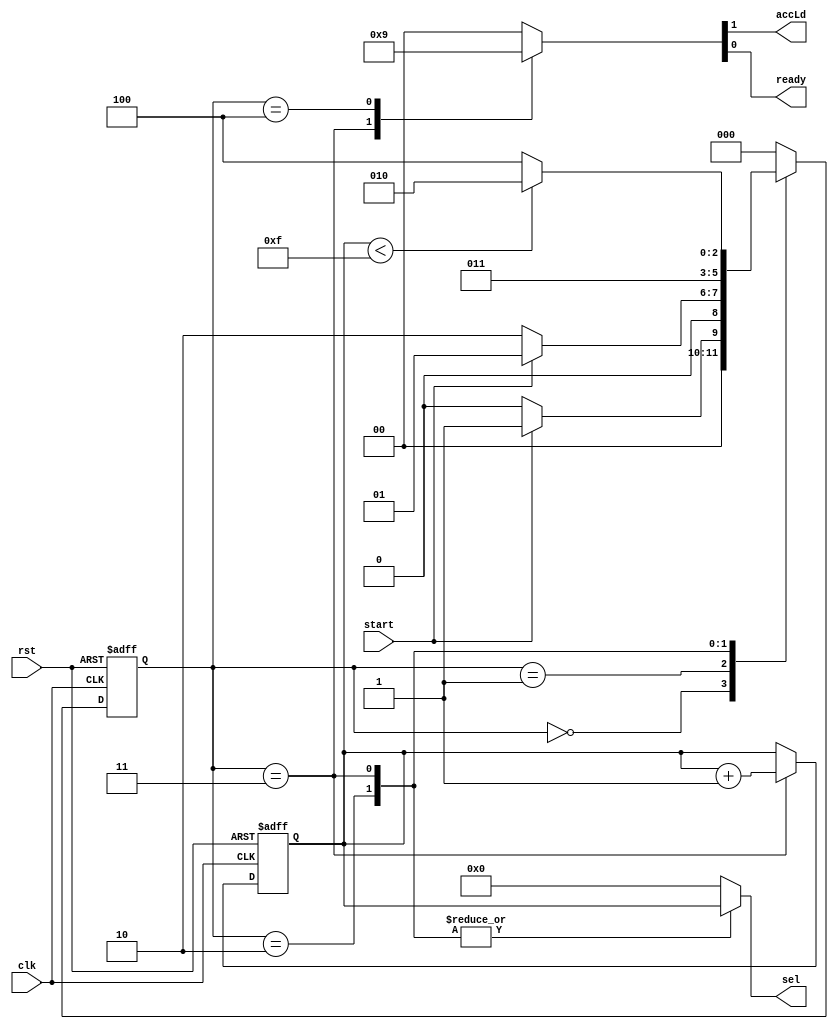
`timescale 1ns / 1ps

module controller# (parameter N = 16)(input clk, rst, start, output reg accLd, ready, output reg [clogb2(N)-1:0] sel);  
  
  function integer clogb2;
    input [31:0] value;
    integer i;
    begin
    clogb2 = 0;
    for(i = 0; 2**i < value; i = i + 1)
      clogb2 = i + 1;
    end
  endfunction 
  
  reg [clogb2(N)-1:0] count;
  reg [2:0] ns, ps;
  
  always@(posedge clk, posedge rst)
  begin
    if(rst) count = {clogb2(N){1'b0}};
    else if (ps == 3'b011) count = count + 1'b1;
    else count = count;
  end
  
  always@(posedge clk, posedge rst)
  begin
    if(rst) ps = 3'b000;
    else ps = ns;
  end
  
  always@(ps, count, start)
  begin
    case(ps)
      3'b000 : ns = (start) ? 3'b001 : 3'b000;
      3'b001 : ns = (start) ? 3'b001 : 3'b010;
      3'b010 : ns = 3'b011;
		3'b011 : ns = (count < N-1) ? 3'b010 : 3'b100;
      3'b100 : ns = 3'b000;
		default : ns = 3'b000;
    endcase
  end
  
  always@(ps, count)
  begin
    case(ps)
      0: begin
        {accLd, ready} = 2'b00;
		  sel = {clogb2(N){1'b0}};
      end
      1: begin
        {accLd, ready} = 2'b00;
		  sel = {clogb2(N){1'b0}};
      end
      2: begin
        {accLd, ready} = 2'b00;
        sel = count;
      end
      3: begin
        {accLd, ready} = 2'b10;
		  sel = count;
      end
		4: begin
        {accLd, ready} = 2'b01;
		  sel = {clogb2(N){1'b0}};
      end
		default: begin
			{accLd, ready} = 2'b00;
			sel = {clogb2(N){1'b0}};
		end
    endcase
  end
endmodule